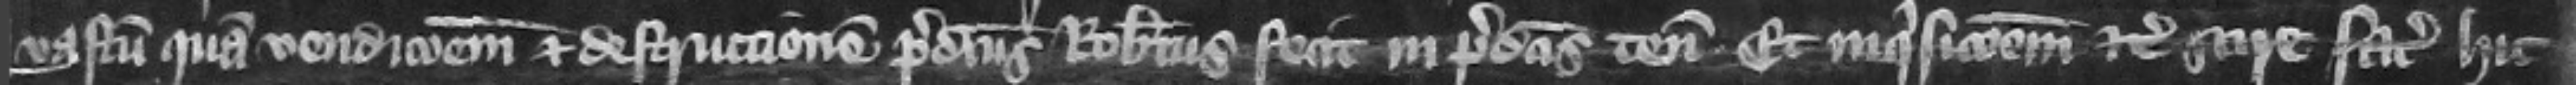
vastum quam vendicionem et destruccionem predictus Robertus fecit in predictis tenementis et inquisicionem etc. scire faciat hic